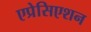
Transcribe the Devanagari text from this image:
एप्रेसिएशन